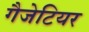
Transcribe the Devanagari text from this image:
गैजेटियर